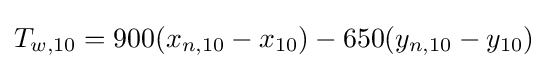
T_{w,10}=900(x_{n,10}-x_{10})-650(y_{n,10}-y_{10})